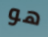
هو